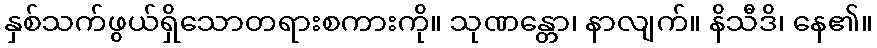
နှစ်သက်ဖွယ်ရှိသောတရားစကားကို။ သုဏန္တော၊ နာလျက်။ နိသီဒိ၊ နေ၏။